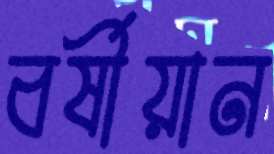
বর্ষীয়ান